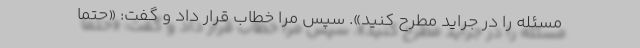
مسئله را در جراید مطرح کنید». سپس مرا خطاب قرار داد و گفت:‌ «حتما